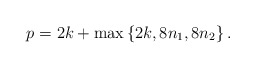
\begin{align*}p=2k+\max\left\{2k,8n_1,8n_2 \right\}.\end{align*}